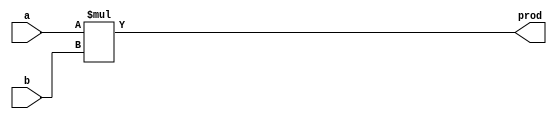
module multiplier(prod,a,b);
	output prod;
	
	input a,b;
	
	reg prod;
	
	wire a,b;
	
	always @(a or b)
		prod = a*b;
		
endmodule